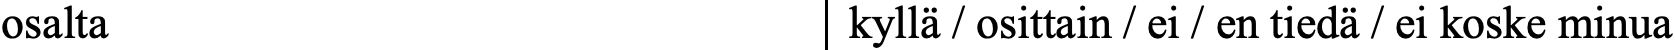
osalta                      kyllä / osittain / ei / en tiedä / ei koske minua